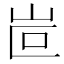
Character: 𡶆